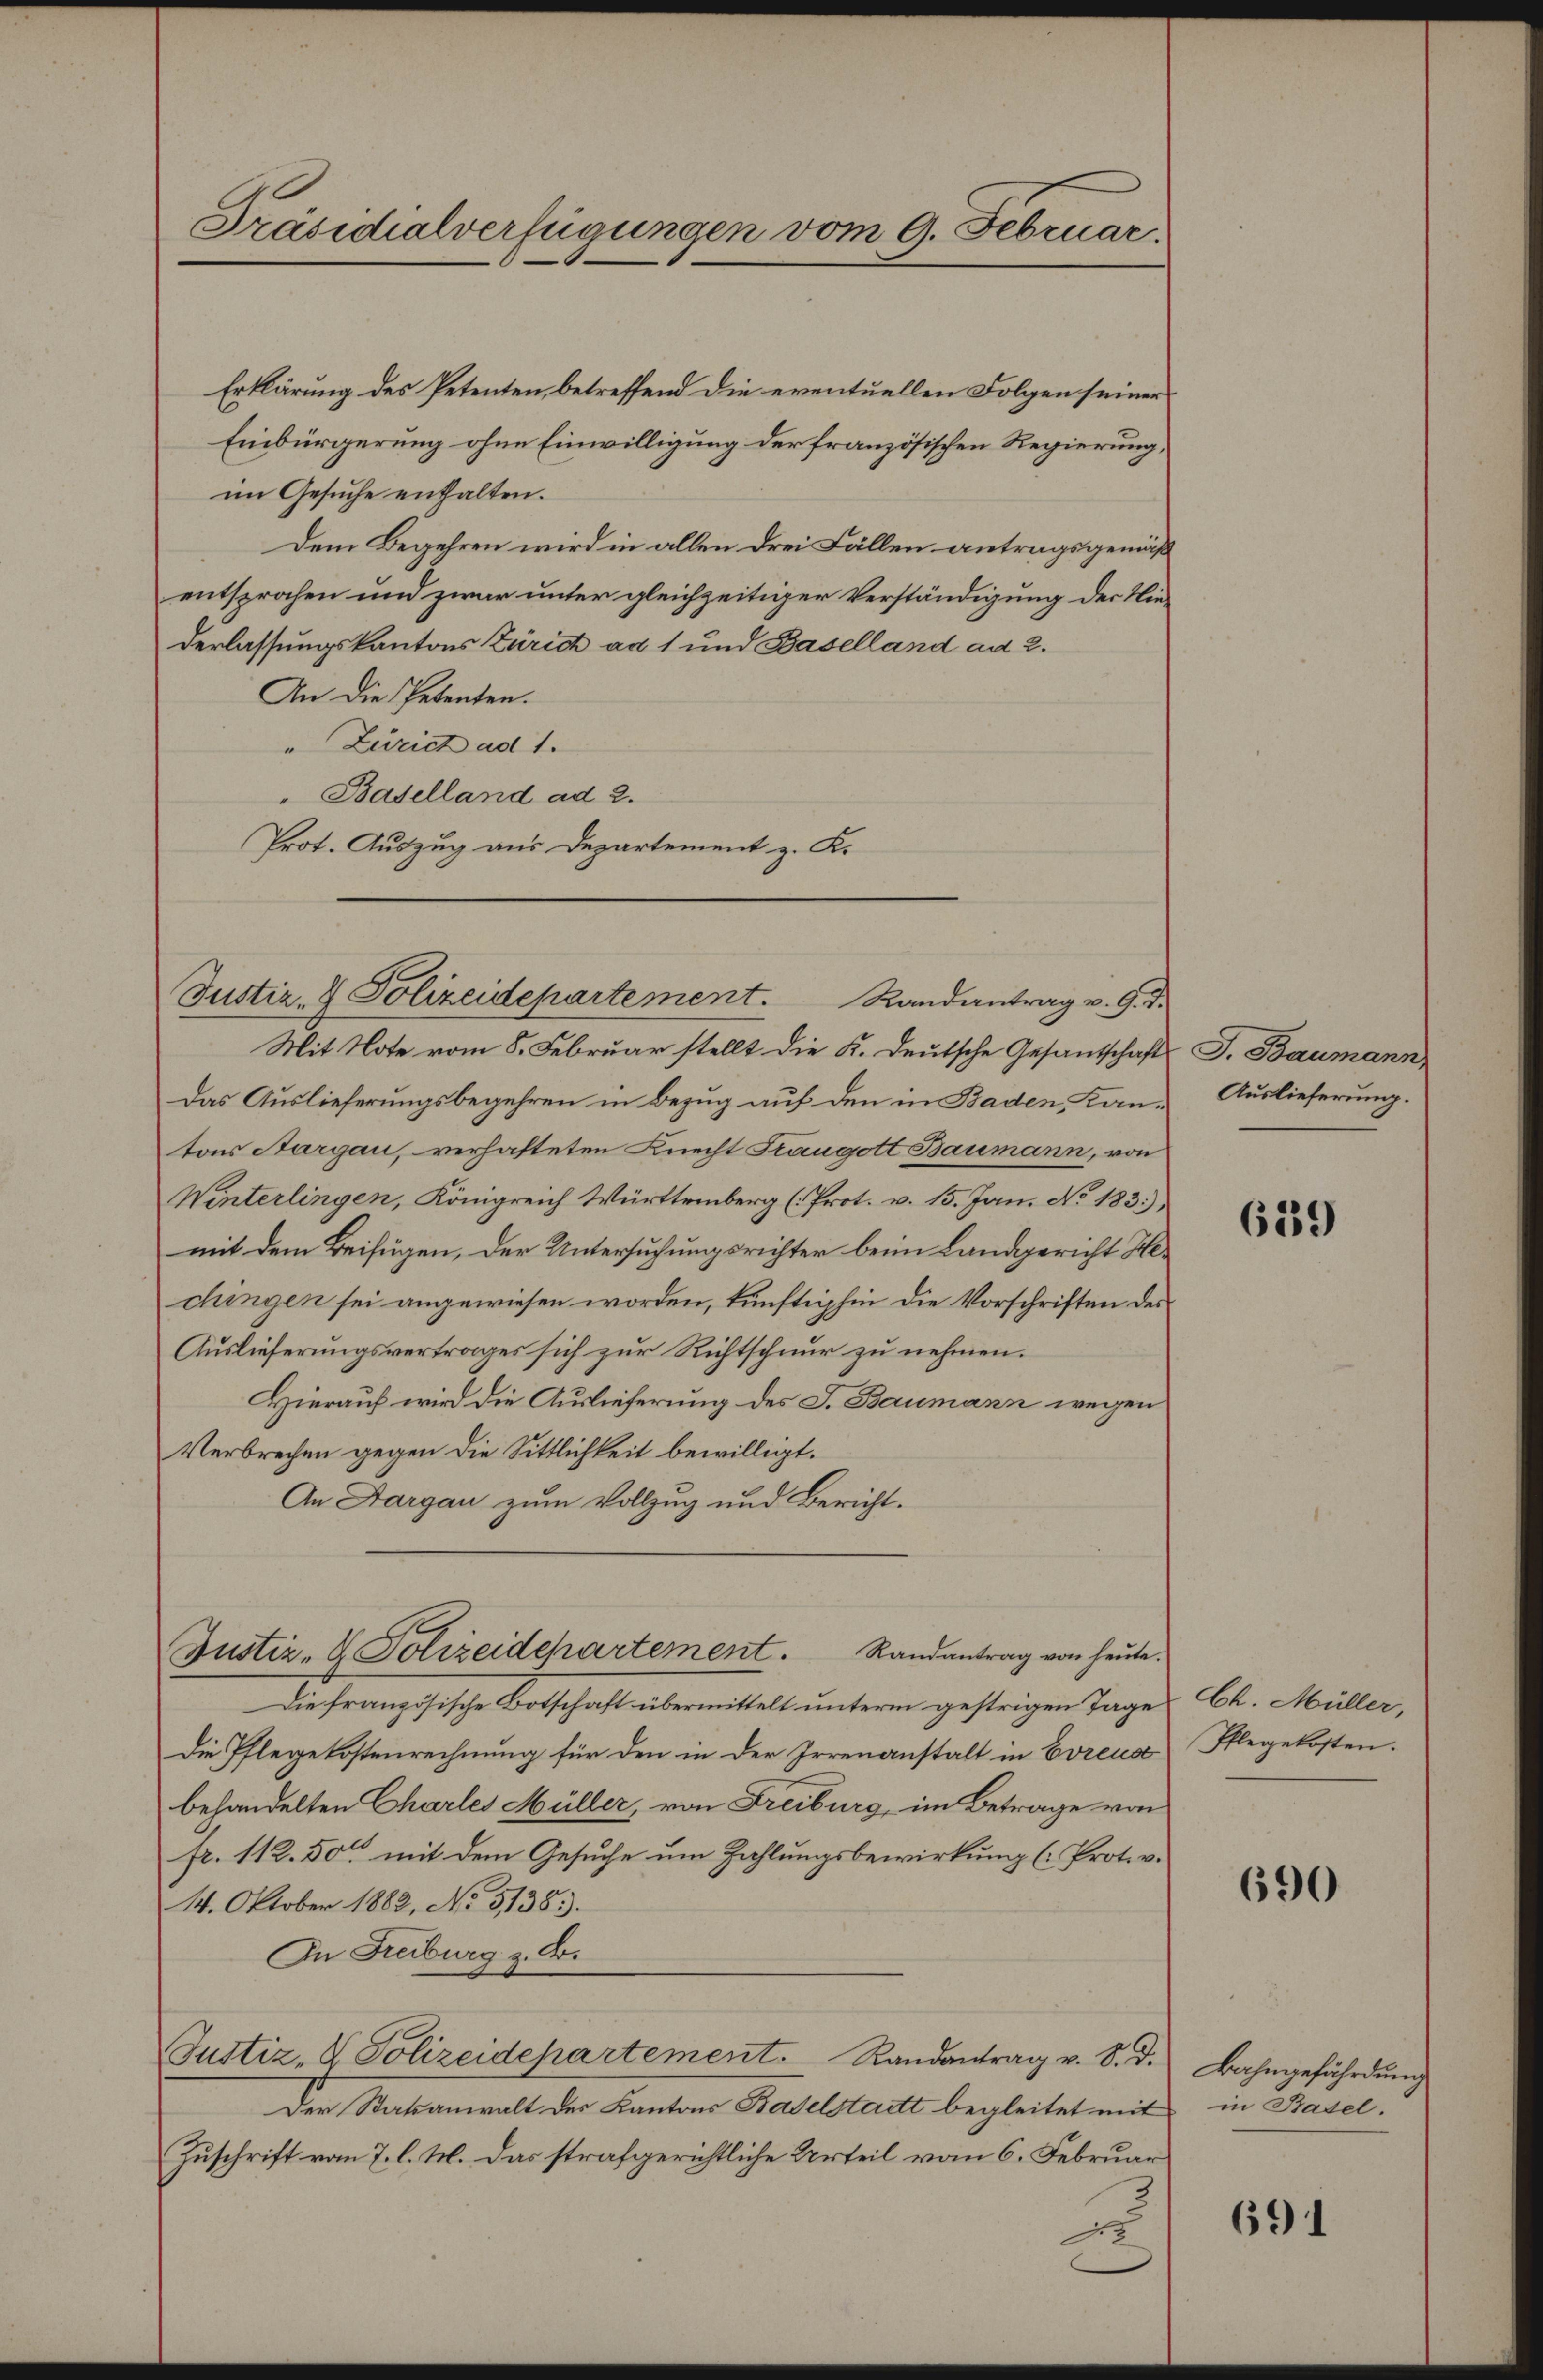
Präsidialverfügungen vom 9. Februar.

Erklärung des Petenten, betreffend die eventuellen Folgen seiner
Einbürgerung ohne Einwilligung der französischen Regierung,
im Gesuche enthalten.
Dem Begehren wird in allen drei Fällen antragsgemäß
entsprochen und zwar unter gleichzeitiger Verständigung der Niederlassungskantons Zürich ad 1 und Baselland ad 2.
An die Petenten.
Zürich ad 1.
Baselland ad 2.
Prot. Auszug aus Departement z. K.

Justiz- & Polizeidepartement. Randantrag v. 9. d.

Mit Note vom 8. Februar stellt die K. Deutsche Gesantschafts J. Baumann,
Das Auslieferungsbegehren in Bezug auf den in Baden Kan- Auslieferung.
tons Aargau, verhafteten Knecht Traugott Baumann, von
Winterlingen, Königreich Württemberg (Prot. v. 15. Jan. No 183
mit dem Beifügen, der Untersuchungsrichter beim Landgericht Wechingen sei angewiesen worden, künftighin die Vorschriften des
Auslieferungsvertrages sich zur Richtschnur zu nehmen.
Hierauf wird die Auslieferung des J. Baumann wegen
Verbrechen gegen die Sittlichkeit bewilligt.
An Aargau zum Vollzug und Bericht.
Justiz- & Polizeidepartement. Randantrag von heute.
Die französische Botschaft übermittelt unterm gestrigen Tage
Die Pflegekostenrechnung für den in der Irrenanstalt in Evreus
behandelten Charles Müller, von Freiburg, im Betrage von
fr. 112.50 mit dem Gesuche um Zahlungsbewirkung (Prot. v.
14. Oktober 1882, No 51383.
In Freiburg z. B.
Justiz, V. Polizeidehartement.   Randantrag v. S. D.
Der Statsanwalt des Kantons Baselstatt begleitet mit
Zuschrift vom 7. l. M. das strafgerichtliche Urteil vom 6. Februar
d

639

Ch. Müller,
Pflegekosten.

690

Bahngefährdung
in Basel.

691